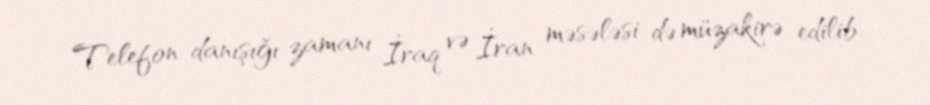
Telefon danışığı zamanı İraq və İran məsələsi də müzakirə edilib.